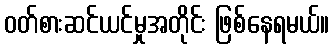
ဝတ်စားဆင်ယင်မှုအတိုင်း ဖြစ်နေရမယ်။